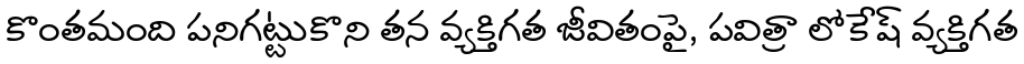
కొంతమంది పనిగట్టుకొని తన వ్యక్తిగత జీవితంపై, పవిత్రా లోకేష్ వ్యక్తిగత